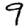
Digit: 9